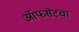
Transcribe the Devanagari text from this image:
ऑफसेटचा